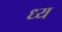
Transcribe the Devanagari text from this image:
ध्य